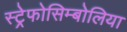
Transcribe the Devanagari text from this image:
स्ट्रेफोसिम्बोलिया